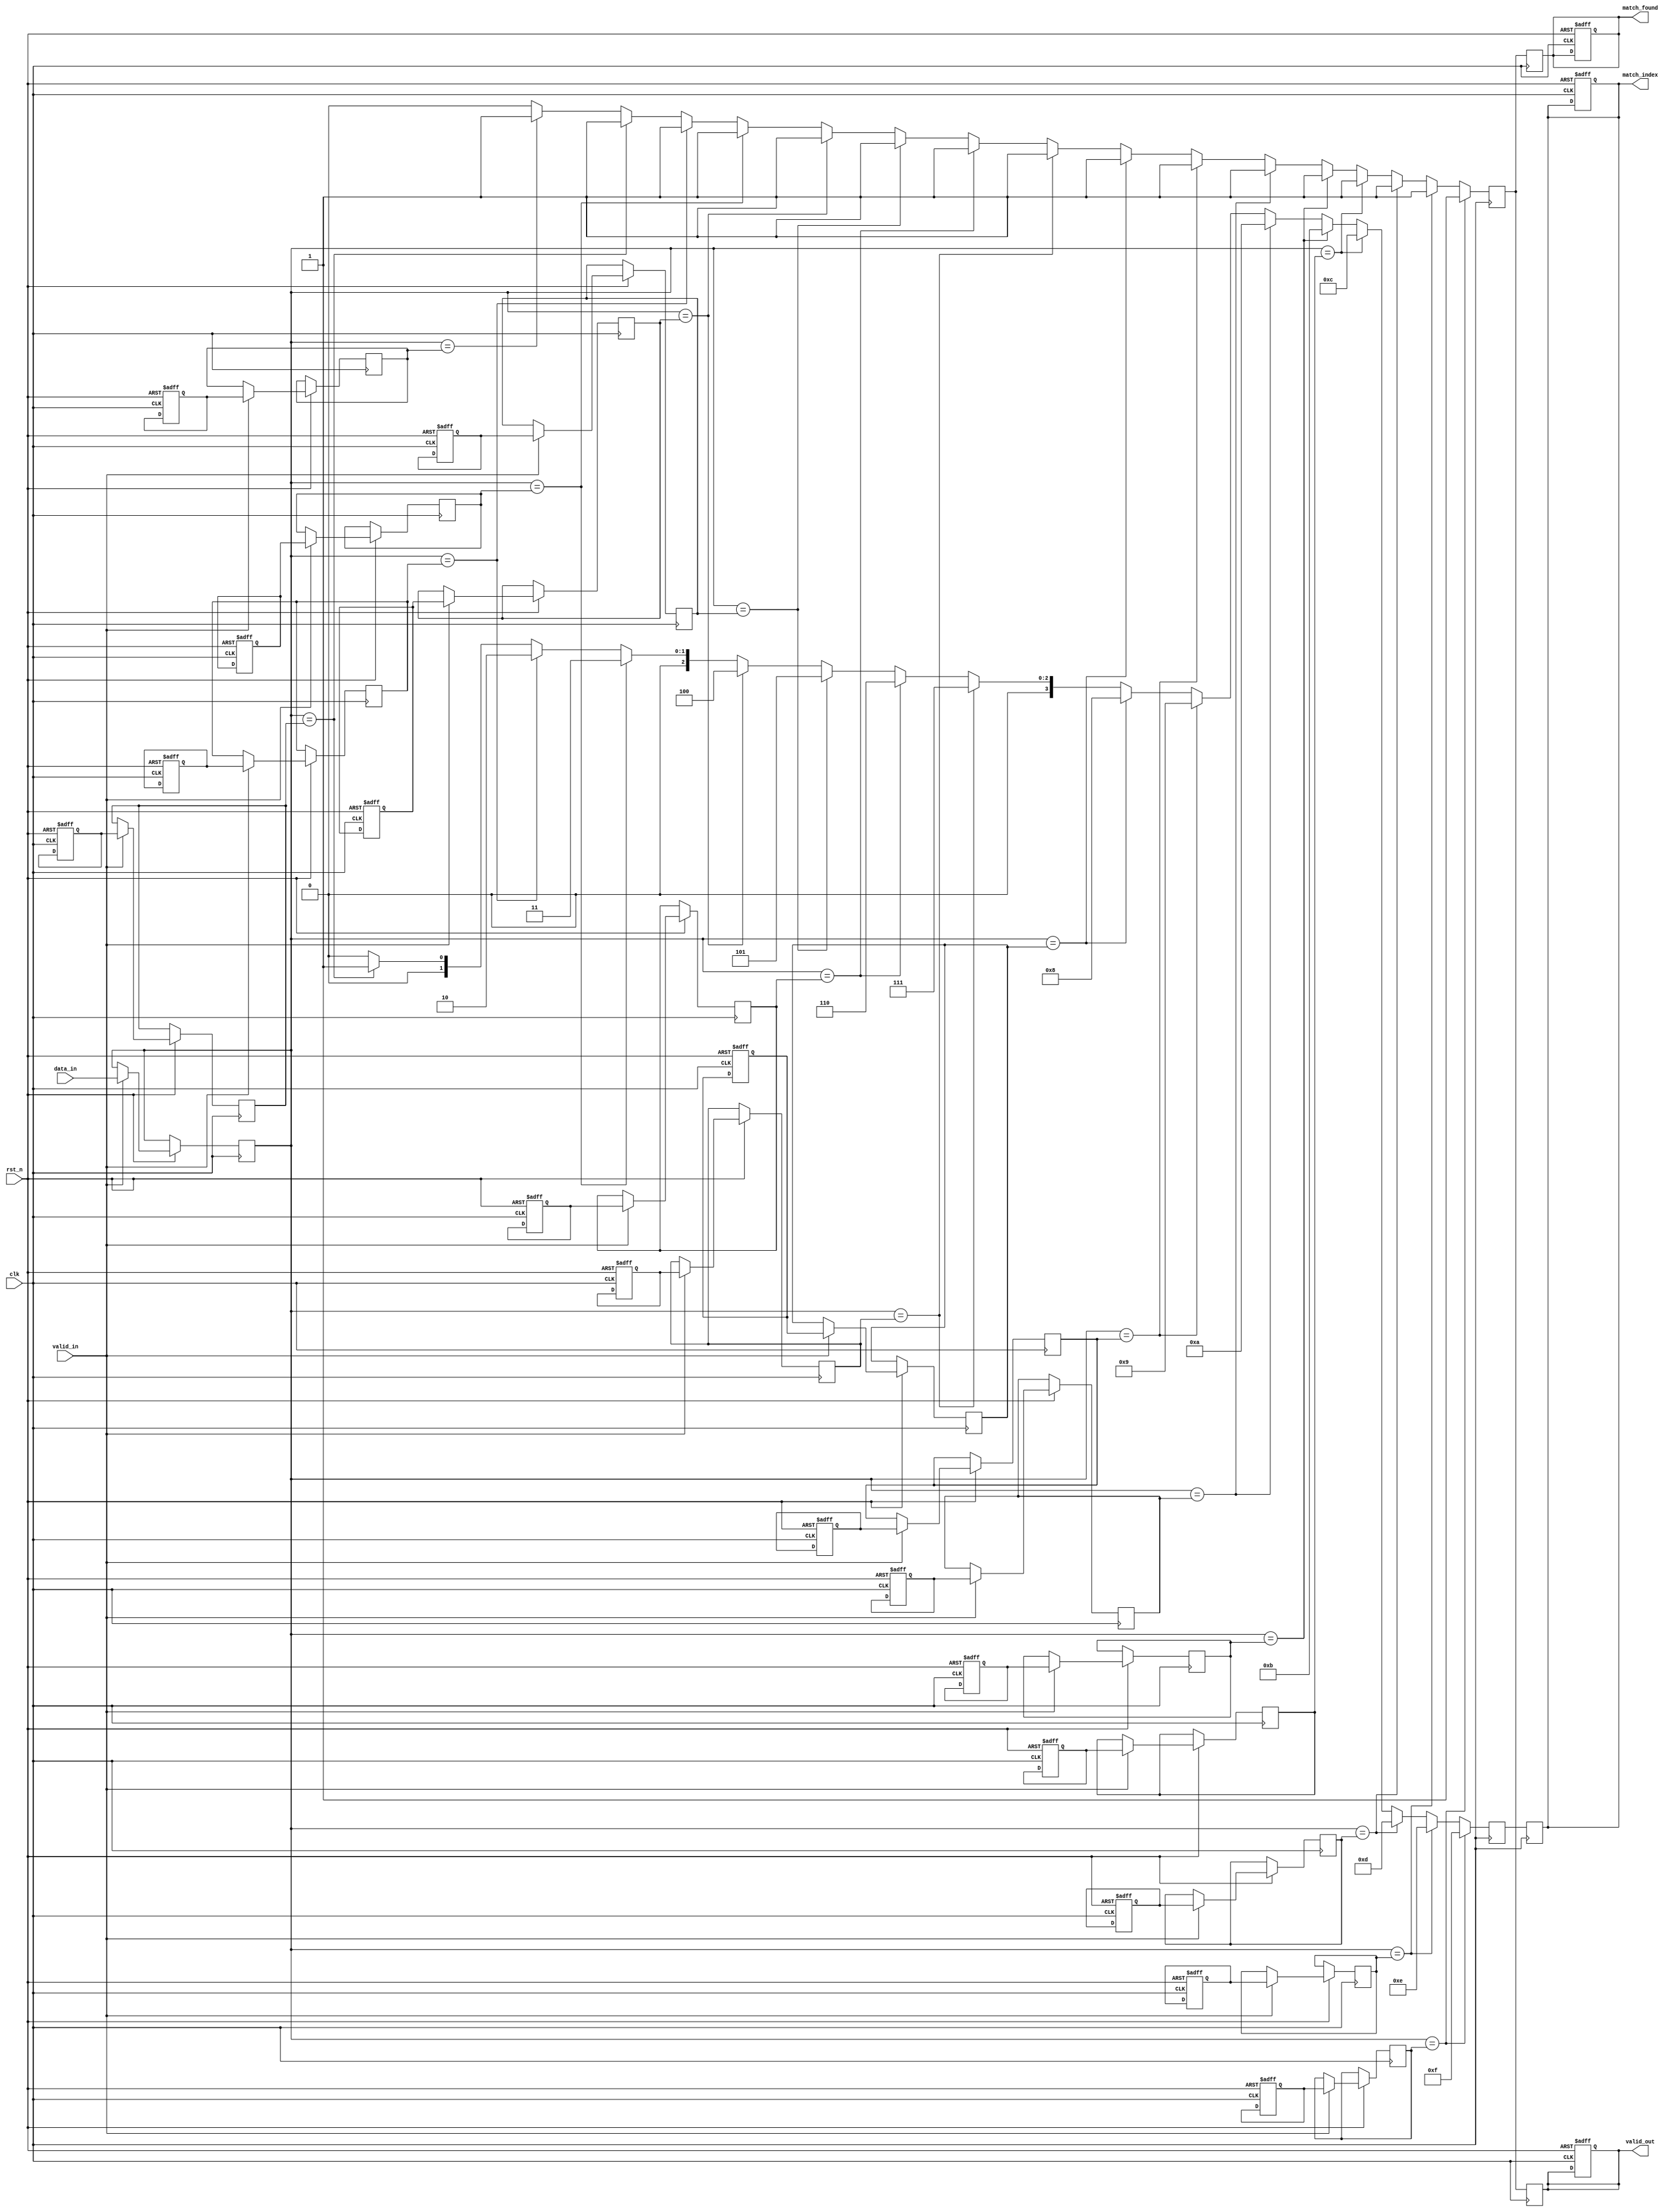
module pipelined_cam #(
    parameter DATA_WIDTH = 32,       // Width of the input data
    parameter TAG_WIDTH = 32,        // Width of the tags
    parameter NUM_ENTRIES = 16,      // Number of entries in the CAM
    parameter ADDR_WIDTH = 4          // Address width for indexing
)(
    input wire clk,
    input wire rst_n,
    input wire [DATA_WIDTH-1:0] data_in,  // Input data to search
    input wire valid_in,                   // Valid signal for input data
    output reg [ADDR_WIDTH-1:0] match_index, // Index of the matching entry
    output reg match_found,                // Match found signal
    output reg valid_out                    // Valid signal for output
);

    // Tag memory array
    reg [TAG_WIDTH-1:0] tag_memory [0:NUM_ENTRIES-1];
    
    // Pipeline registers
    reg [DATA_WIDTH-1:0] data_stage1;
    reg [TAG_WIDTH-1:0] tag_stage1 [0:NUM_ENTRIES-1];
    reg match_stage2 [0:NUM_ENTRIES-1];
    reg [ADDR_WIDTH-1:0] match_index_stage2;
    reg match_found_stage2;

    // Control logic
    integer i;
    
    // Asynchronous reset and data input handling
    always @(posedge clk or negedge rst_n) begin
        if (!rst_n) begin
            match_found <= 0;
            valid_out <= 0;
            match_index <= 0;
            // Initialize tag memory to zero
            for (i = 0; i < NUM_ENTRIES; i = i + 1) begin
                tag_memory[i] <= 0;
            end
        end else if (valid_in) begin
            // Stage 1: Capture input data and tag memory
            data_stage1 <= data_in;
            for (i = 0; i < NUM_ENTRIES; i = i + 1) begin
                tag_stage1[i] <= tag_memory[i];
            end
        end
    end

    // Match logic and pipeline stage 2
    always @(posedge clk) begin
        // Stage 2: Compare input data with tags
        match_found_stage2 = 0;
        match_index_stage2 = 0;

        for (i = 0; i < NUM_ENTRIES; i = i + 1) begin
            if (data_stage1 == tag_stage1[i]) begin
                match_stage2[i] <= 1;
                match_found_stage2 <= 1;
                match_index_stage2 <= i; // Capture the index of the match
            end else begin
                match_stage2[i] <= 0;
            end
        end
    end

    // Output stage
    always @(posedge clk) begin
        // Stage 3: Output match results
        match_found <= match_found_stage2;
        match_index <= match_index_stage2;
        valid_out <= match_found_stage2; // Output valid signal
    end

    // Procedure to write tags into the CAM (for initialization)
    task write_tag(input [ADDR_WIDTH-1:0] addr, input [TAG_WIDTH-1:0] tag);
        begin
            if (addr < NUM_ENTRIES) begin
                tag_memory[addr] <= tag;
            end
        end
    endtask

endmodule